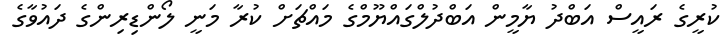
ކުރީގެ ރައީސް އަބްދު ޔާމީން އަބްދުލްގައްޔޫމްގެ މައްޗަށް ކުރާ މަނީ ލޯންޑިރިންގެ ދައުވާގެ